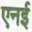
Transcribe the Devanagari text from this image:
एनई